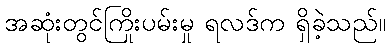
အဆုံးတွင်ကြိုးပမ်းမှု ရလဒ်က ရှိခဲ့သည်။